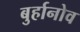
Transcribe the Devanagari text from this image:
बुर्हानोव